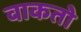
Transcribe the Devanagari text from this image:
वाकतो